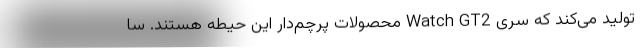
تولید می‌کند که سری Watch GT2 محصولات پرچم‌دار این حیطه هستند. سا